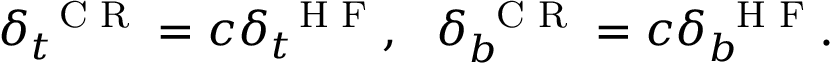
\delta _ { t } ^ { \mathrm { ~ \scriptsize ~ C ~ R ~ } } = c \delta _ { t } ^ { \mathrm { ~ \scriptsize ~ H ~ F ~ } } , \: \: \: \delta _ { b } ^ { \mathrm { ~ \scriptsize ~ C ~ R ~ } } = c \delta _ { b } ^ { \mathrm { ~ \scriptsize ~ H ~ F ~ } } .